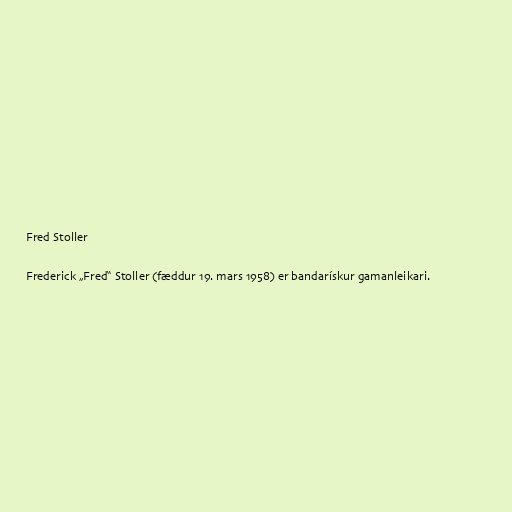
Fred Stoller

Frederick „Fred“ Stoller (fæddur 19. mars 1958) er bandarískur gamanleikari.